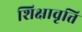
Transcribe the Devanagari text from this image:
शिक्षावृत्ति